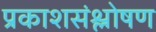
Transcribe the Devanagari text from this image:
प्रकाशसंश्लोषण